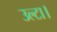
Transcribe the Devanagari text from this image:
उल्टा।